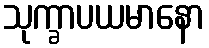
သုက္ခာပယမာနော